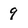
Character: 9